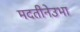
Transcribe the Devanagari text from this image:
मदतीनेउभा